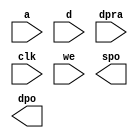
module dcacheTag(
	a,
	d,
	dpra,
	clk,
	we,
	spo,
	dpo);


input [6 : 0] a;
input [20 : 0] d;
input [6 : 0] dpra;
input clk;
input we;
output [20 : 0] spo;
output [20 : 0] dpo;

// synthesis translate_off

      DIST_MEM_GEN_V5_1 #(
		.C_ADDR_WIDTH(7),
		.C_DEFAULT_DATA("0"),
		.C_DEPTH(128),
		.C_FAMILY("virtex5"),
		.C_HAS_CLK(1),
		.C_HAS_D(1),
		.C_HAS_DPO(1),
		.C_HAS_DPRA(1),
		.C_HAS_I_CE(0),
		.C_HAS_QDPO(0),
		.C_HAS_QDPO_CE(0),
		.C_HAS_QDPO_CLK(0),
		.C_HAS_QDPO_RST(0),
		.C_HAS_QDPO_SRST(0),
		.C_HAS_QSPO(0),
		.C_HAS_QSPO_CE(0),
		.C_HAS_QSPO_RST(0),
		.C_HAS_QSPO_SRST(0),
		.C_HAS_SPO(1),
		.C_HAS_SPRA(0),
		.C_HAS_WE(1),
		.C_MEM_INIT_FILE("no_coe_file_loaded"),
		.C_MEM_TYPE(2),
		.C_PARSER_TYPE(1),
		.C_PIPELINE_STAGES(0),
		.C_QCE_JOINED(0),
		.C_QUALIFY_WE(0),
		.C_READ_MIF(0),
		.C_REG_A_D_INPUTS(0),
		.C_REG_DPRA_INPUT(0),
		.C_SYNC_ENABLE(1),
		.C_WIDTH(21))
	inst (
		.A(a),
		.D(d),
		.DPRA(dpra),
		.CLK(clk),
		.WE(we),
		.SPO(spo),
		.DPO(dpo),
		.SPRA(),
		.I_CE(),
		.QSPO_CE(),
		.QDPO_CE(),
		.QDPO_CLK(),
		.QSPO_RST(),
		.QDPO_RST(),
		.QSPO_SRST(),
		.QDPO_SRST(),
		.QSPO(),
		.QDPO());


// synthesis translate_on

// XST black box declaration
// box_type "black_box"
// synthesis attribute box_type of dcacheTag is "black_box"

endmodule